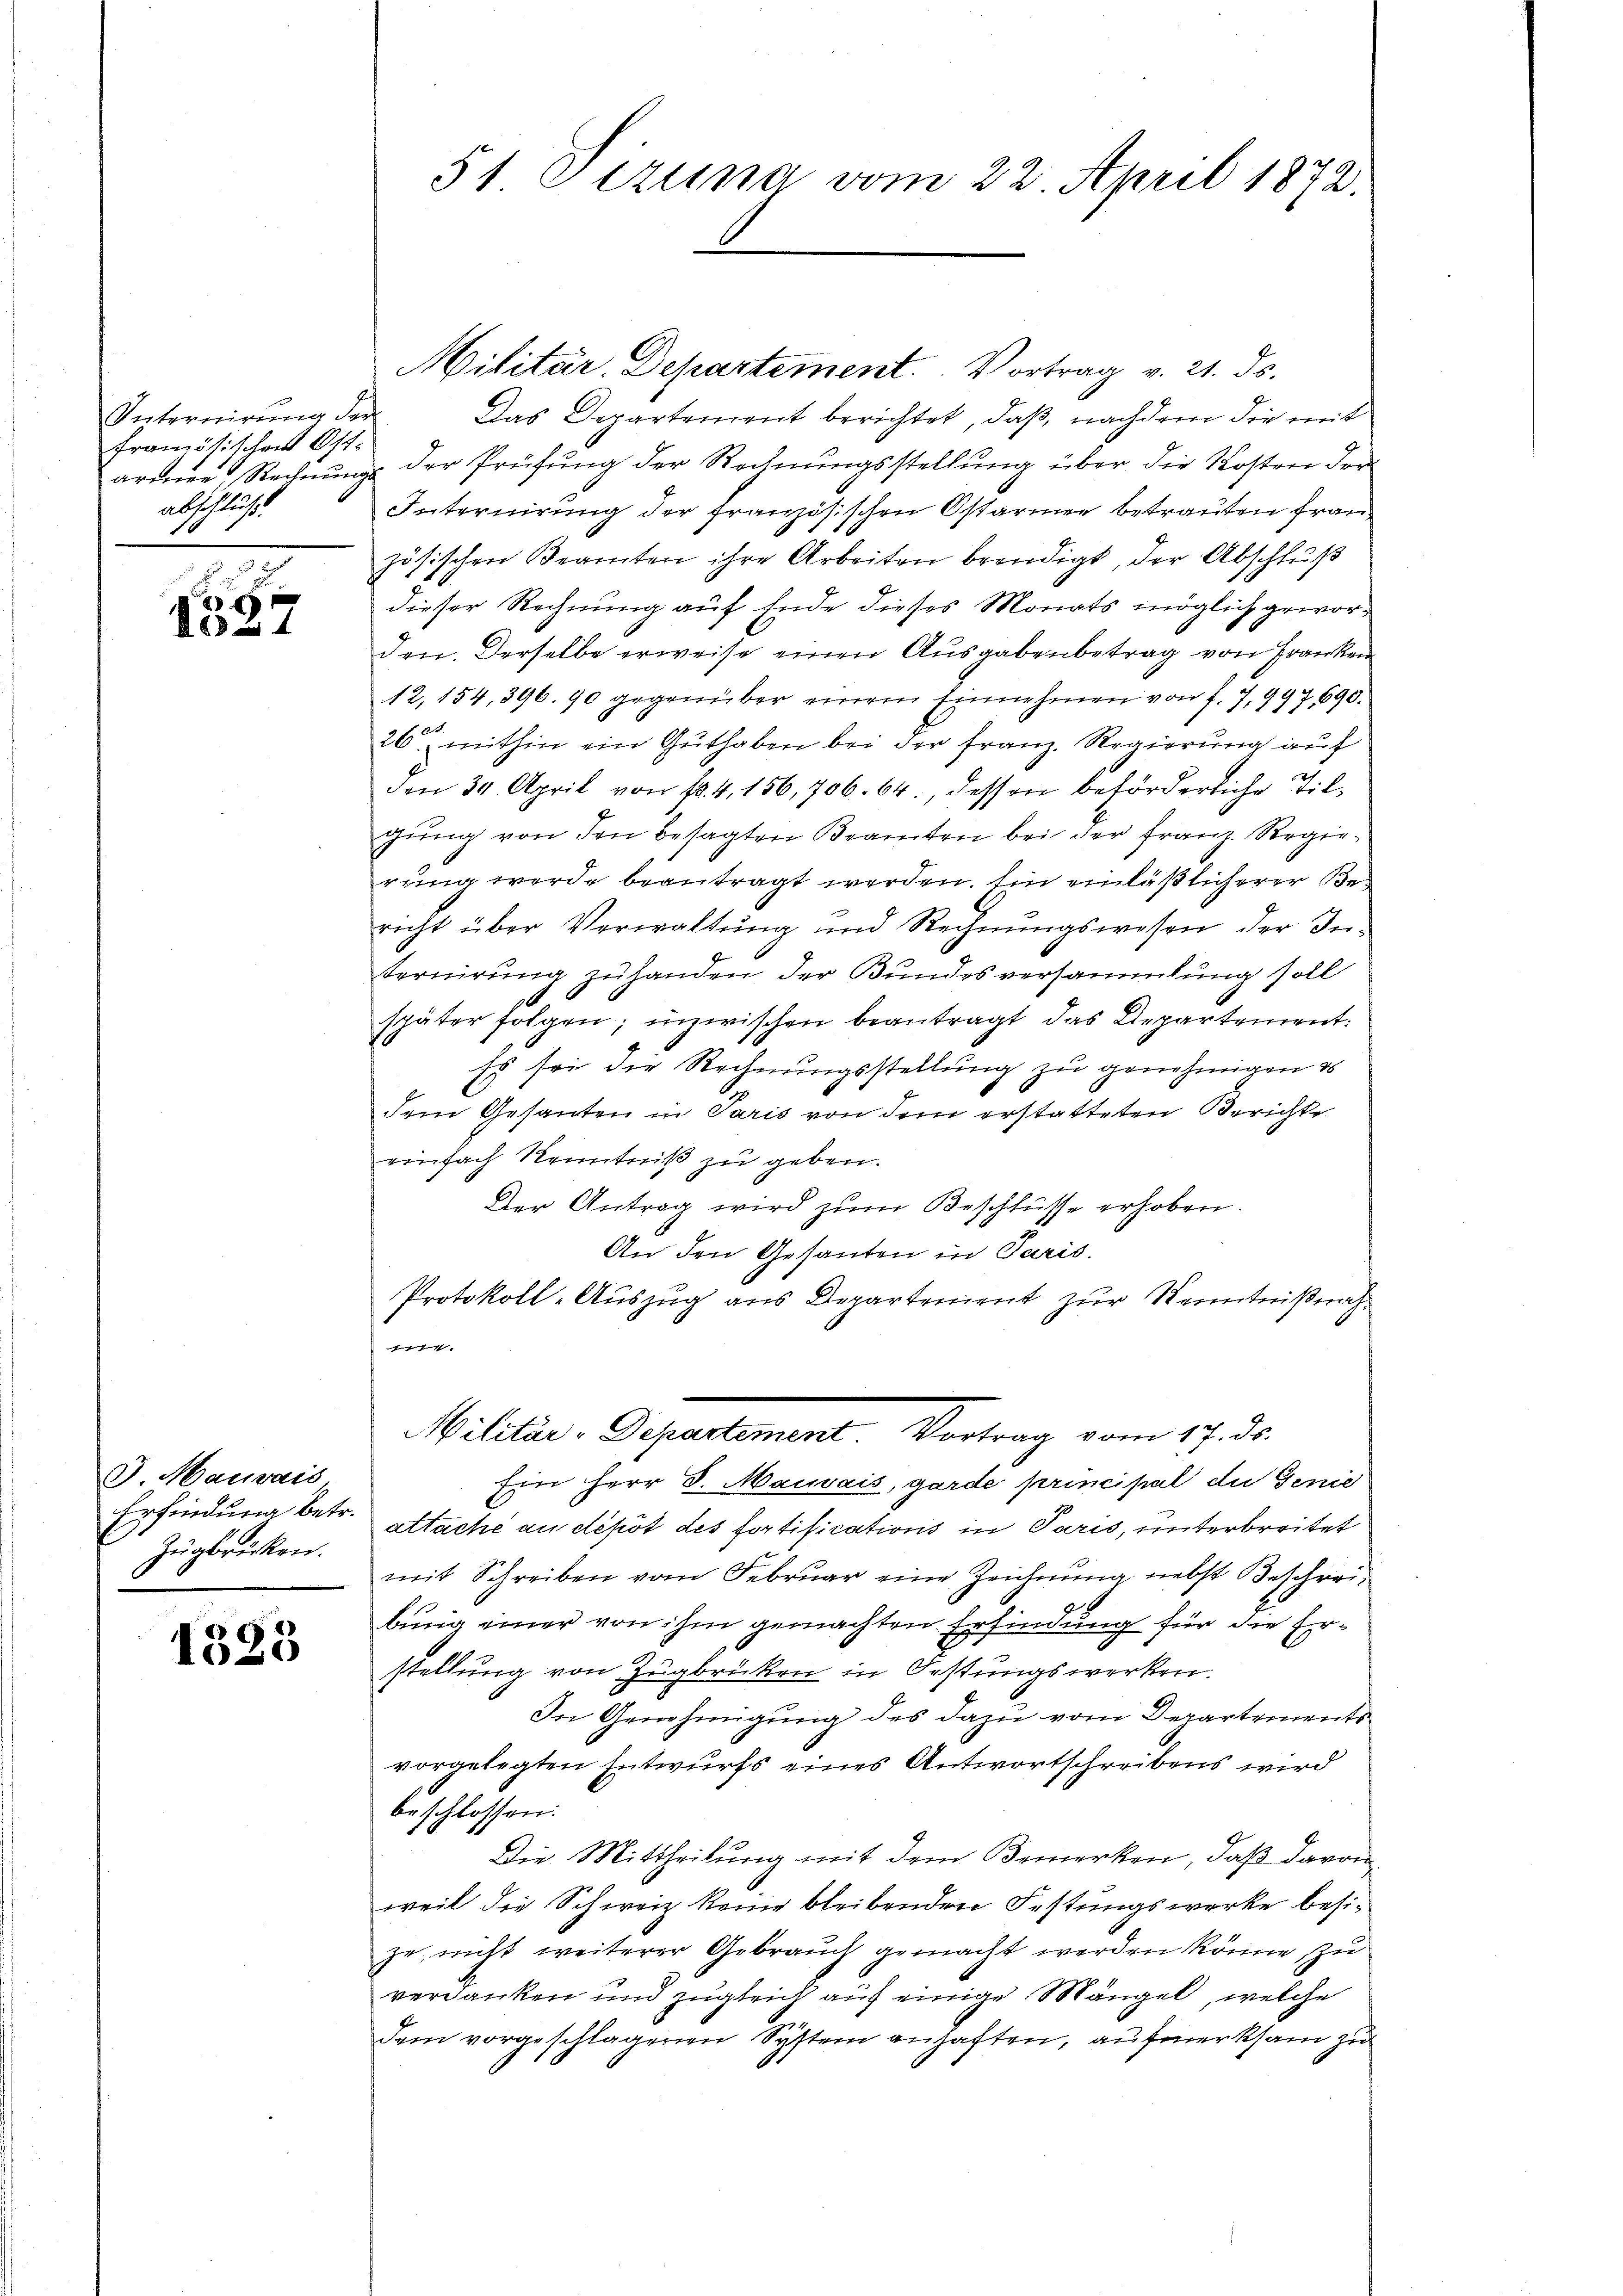
Internirung der
französischen Ost-
armen Rechnungs
abschluß.

2.
d
de

3 Mauvais
Erfindung betr.
Zugbrücken.

1323

51 Sizung vom 22. April 1872.

Militär. Departement. Vortrag v. 21. ds.
Das Departement berichtet, daß, nachdem die mit
der Prüfung der Rechnungsstellung über die Kosten der
Interuirung der französischen Ostariner betrauten Frau,
zösischen Beamten ihre Arbeiten beendigt, der Abschluß
dieser Rechnung auf Ende dieses Monats möglich geworden. Derselbe erweise einen Ausgabenbetrag von Franken
12, 154, 896. 90 gegenüber einem Einnehmen von f. 7, 997, 690.
25.
20. mithin ein Guthaben bei der Franz. Regierung auf
den 34. April von fl. 4, 156, 706. 64. dessen beförderliche Tilgung von den besagten Beamten bei der Franz Regierung werde beantragt werden. Ein einläßlicherer Bericht über Verwaltung und Rechnungswesen der Internirung zu handen der Bundesversammlung soll
später folgen; inzwischen beantragt das Departement:
Es sei die Rechnungsstellung zu genehmigen es
dem Gesanten in Paris von dem erstatteten Berichte
einfach Kenntniß zu geben.
Der Antrag wird zum Beschlüsse erhoben.
An den Gesanten in Paris.
Protokoll-Auszug aus Departenient zur Kenntnißnah¬
.
Wittier-Grentement, Vertrag vom 17. d.
Ein Herr S. Mauvais, garde principal die Genie
attache an depot des fortifications in Paris, unterbreitet
mit Schreiben vom Februar eine Zeichnung nebst Beschreibung einer von ihm gemachten Erfindung für die Erstellung von Zugbrüken in Oestungswerken.
In Genehmigung des dazu vom Departements
vorgelegten Entwurfs eines Antwortschreibens wird
beschlossen:
Die Mittheilung mit dem Bemerken, daß davon
weil die Schweiz keine bleibenden Festungswerke besize, nicht weiterer Gebrauch gemacht werden könne, zu
verdanken und zugleich auf einige Mängel, welche
dem vorgeschlagenen Systern anhaften, aufmerksam zu